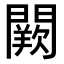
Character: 𨶕